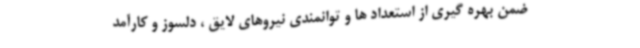
ضمن بهره گیری از استعداد ها و توانمندی نیروهای لایق ، دلسوز و کارآمد